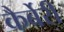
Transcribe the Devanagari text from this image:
कैर्बेरी